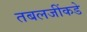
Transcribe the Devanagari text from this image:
तबलजींकडे